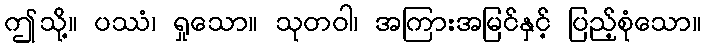
ဤသို့။ ပဿံ၊ ရှုသော။ သုတဝါ၊ အကြားအမြင်နှင့် ပြည့်စုံသော။